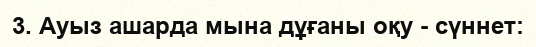
3. Ауыз ашарда мына дұғаны оқу - сүннет: